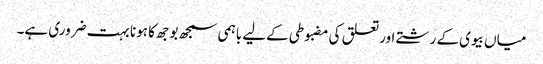
میاں بیوی کے رشتے اور تعلق کی مضبوطی کےلیے باہمی سمجھ بوجھ کا ہونا بہت ضروری ہے۔